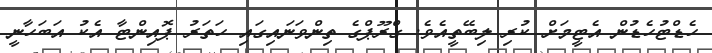
ހެޑްޓުހެޑުން އެޓީމަށް ކުރި ލިބޭތީއެވެ. ގްރޫޕްގެ ތިންވަނައިގައި ހަތަރު ޕޮއިންޓާ އެކު އަބަހާނީ